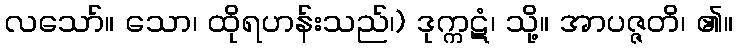
လသော်။ သော၊ ထိုရဟန်းသည်၊) ဒုက္ကဋံ၊ သို့။ အာပဇ္ဇတိ၊ ၏။